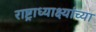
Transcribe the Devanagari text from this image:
राष्ट्राध्याक्ष्यांच्या